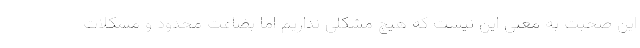
این صحبت به معنی این نیست که هیچ مشکلی نداریم اما بضاعت محدود و مشکلات